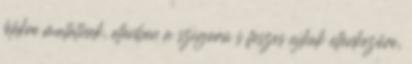
lélekre mutatnak, ellenben a szigorú s feszes ajkak ellenkezőre,